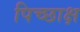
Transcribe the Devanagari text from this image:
पिच्छाक्ष